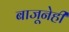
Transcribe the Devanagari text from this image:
बाजूनेही